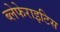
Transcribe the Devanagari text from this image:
ब्लेफेराइटिस